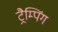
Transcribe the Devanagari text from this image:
ट्रैम्पिंग